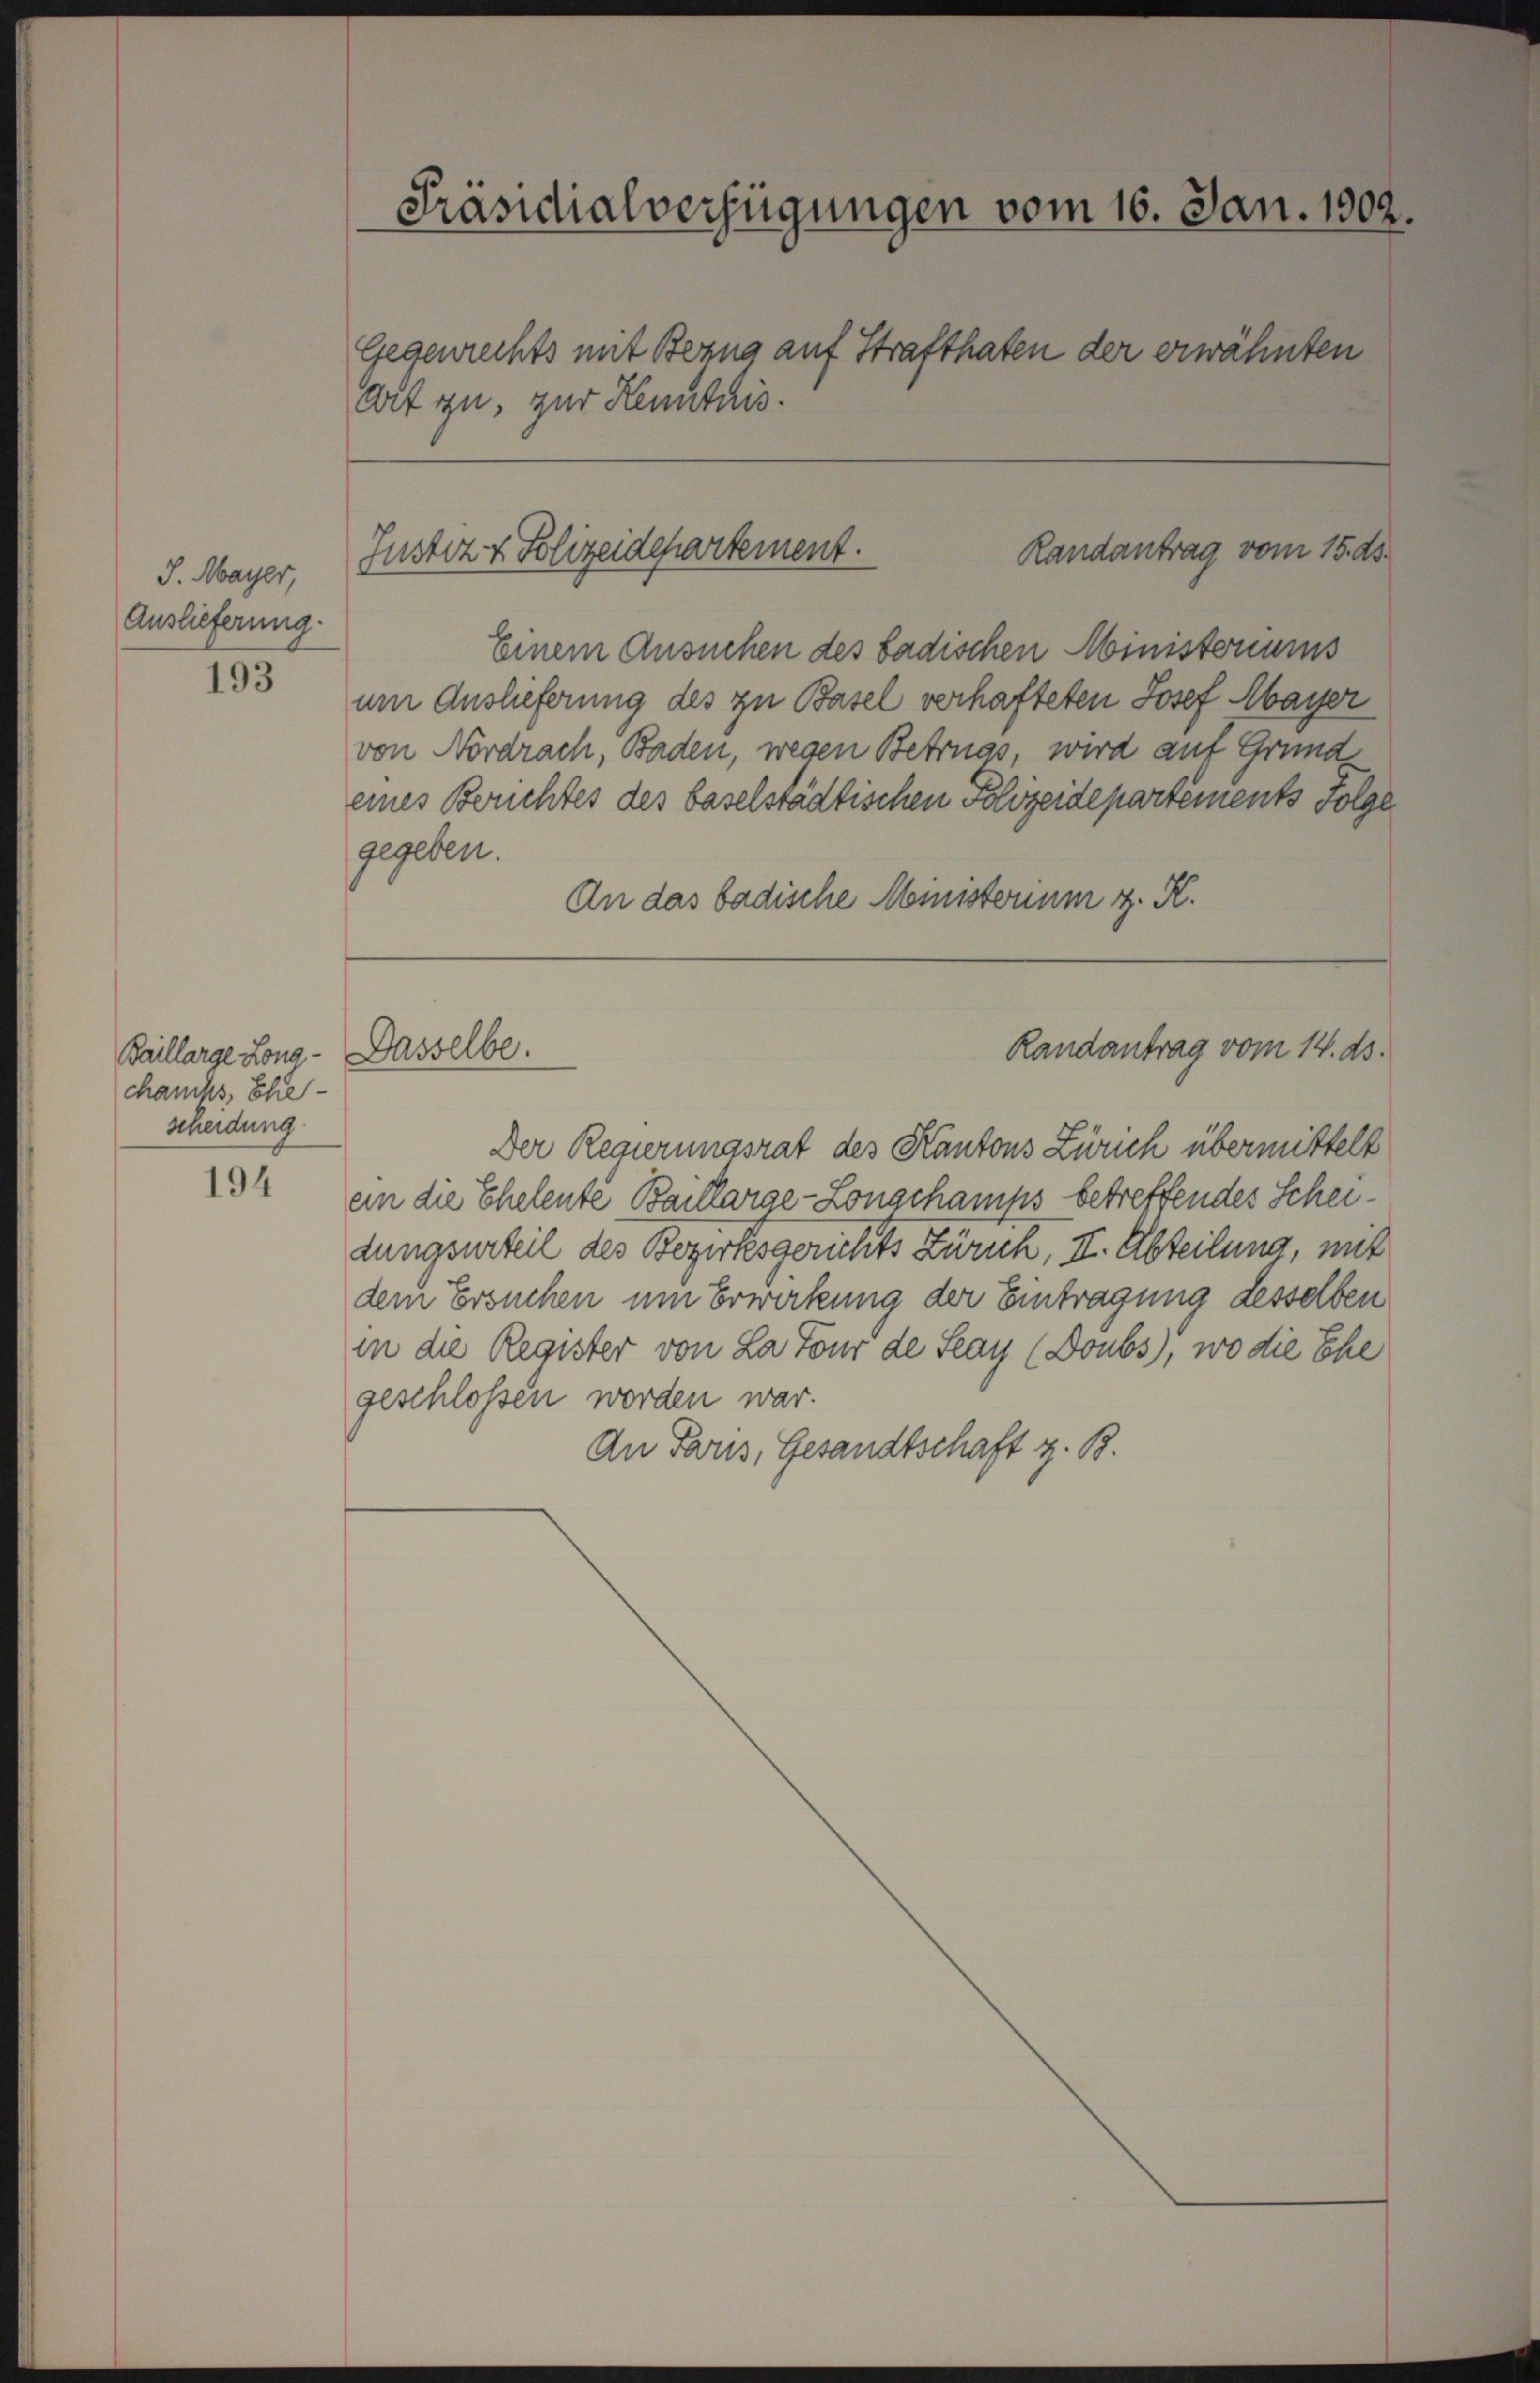
J. Mayer,
Auslieferung.

193

Baillarge Long-
chanks, Ehe-
scheidung

194

Präsidialverfügungen vom 16. Jan. 1902.
Gegenrechts mit Bezug auf Strafthaten der erwähnten
Art zu, zur Kenntnis.

Randantrag vom 15. ds.
Justiz & Polizeidepartement.

Randantrag vom 14. ds.
Dasselbe.

Einem Ansuchen des badischen Ministeriums
um Auslieferung des zu Basel verhafteten Josef Mayser
von Nordrach, Baden, wegen Betrugs, wird auf Grund
eines Bruchtes des baselstädtischen Polizeidepartements Folge
gegeben.
An das badische Ministerium z. K.
Der Regierungsrat des Kantons Zürich übermittelt
an die Ehelente Baillarge-Longchamps betreffendes Scheidungsurteil des Bezirksgerichts Zürich, II. Abteilung, mit
dem Ersuchen um Erwirkung der Eintragung desselben
in die Register von La Tour de Seay (Doubs), wo die Ehe
geschlossen worden war.
An Paris, Gesandtschaft z. B.